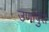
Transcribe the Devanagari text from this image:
उणापुरा